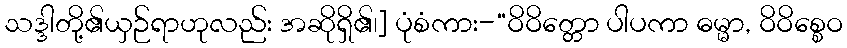
သဒ္ဒါတို့၏ယှဉ်ရာဟုလည်း အဆိုရှိ၏၊] ပုံစံကား-“ဝိဝိတ္တော ပါပကာ ဓမ္မာ, ဝိဝိစ္စေဝ